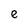
Character: S